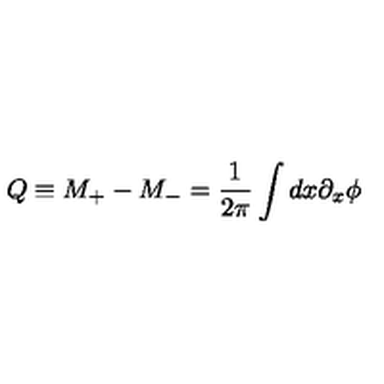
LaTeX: Q \equiv M _ { + } - M _ { - } = \frac { 1 } { 2 \pi } \int d x \partial _ { x } \phi